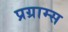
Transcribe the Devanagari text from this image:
प्रग्राम्स